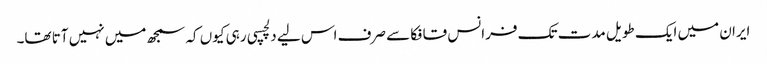
ایران میں ایک طویل مدت تک فرانس قافکا سے صرف اس لیے دلچسپی رہی کیوں کہ سمجھ میں نہیں آتا تھا۔